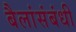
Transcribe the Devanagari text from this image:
बैलांसंबंधी